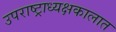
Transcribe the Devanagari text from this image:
उपराष्ट्राध्यक्षकालात